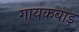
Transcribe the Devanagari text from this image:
गायकबाड़